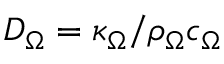
D _ { \Omega } = \kappa _ { \Omega } / \rho _ { \Omega } c _ { \Omega }